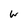
Character: w